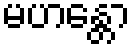
မဟန္တော